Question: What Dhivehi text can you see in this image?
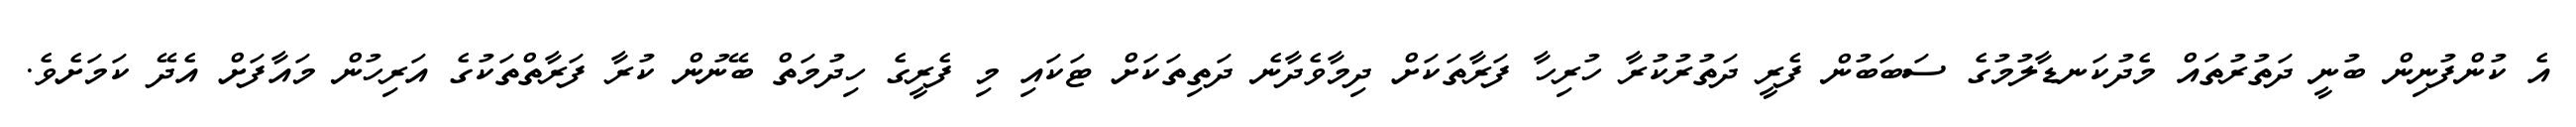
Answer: އެ ކުންފުނިން ބުނީ ދަތުރުތައް މެދުކަނޑާލުމުގެ ސަބަބުން ފެރީ ދަތުރުކުރާ ހުރިހާ ފަރާތަކަށް ދިމާވެދާނެ ދަތިތަކަށް ޓަކައި މި ފެރީގެ ހިދުމަތް ބޭނުން ކުރާ ފަރާތްތަކުގެ އަރިހުން މައާފަށް އެދޭ ކަމަށެވެ.